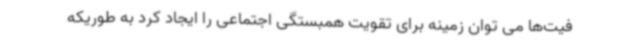
فیت‌ها می توان زمینه برای تقویت همبستگی اجتماعی را ایجاد کرد به طوریکه